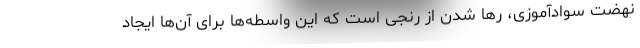
نهضت سوادآموزی، رها شدن از رنجی است که این واسطه‌ها برای آن‌ها ایجاد